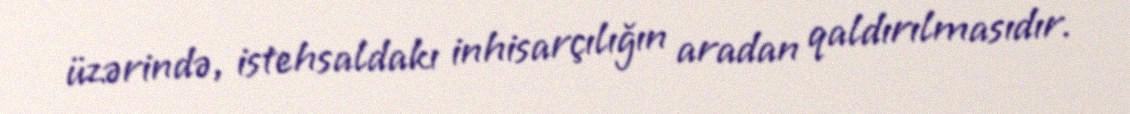
üzərində, istehsaldakı inhisarçılığın aradan qaldırılmasıdır.